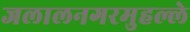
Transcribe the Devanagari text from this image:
जलालनगरमुहल्ले